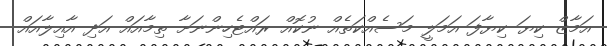
އަމާޒް ކިޔަ ކިޔާފަ އަމަލީ މަސެއްކަތެއް ނުކޮއް ރައްޓެހިންނަށާ ތިމާއައް އަދި އާއިލާއައް